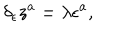
LaTeX: \delta _ { \epsilon } z ^ { a } = \lambda \epsilon ^ { a } ,